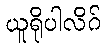
ယူရိုပါလိဂ်